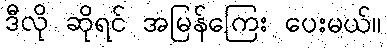
ဒီလို ဆိုရင် အမြန်ကြေး ပေးမယ်။